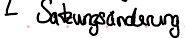
Satzungsänderung